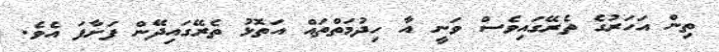
ތިން އަހަރުގެ ތެރޭގައިވެސް ވަނީ އާ ހިދުމަތްތައް އަތޮޅު ތެރޭގައިދޭން ފަށާފަ އެވެ.